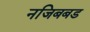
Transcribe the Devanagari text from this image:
नजिबबड